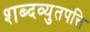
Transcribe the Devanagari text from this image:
शब्दव्युतपत्ति